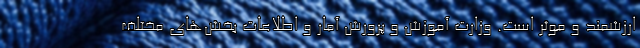
ارزشمند و موثر است. وزارت آموزش و پرورش آمار و اطلاعات بخش‌های مختلف